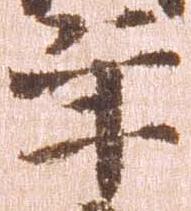
年